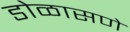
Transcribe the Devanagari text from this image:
डोळासणे